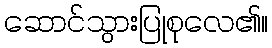
ဆောင်သွားပြုစုလေ၏။